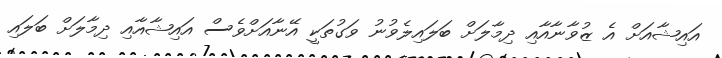
އައިޝާއަށް އެ ޒުވާނާއާއި ދިމާލަށް ބަލައިލެވުނު ވަގުތަކީ އޭނާއަށްވެސް އައިޝާއާއި ދިމާލަށް ބަލައި